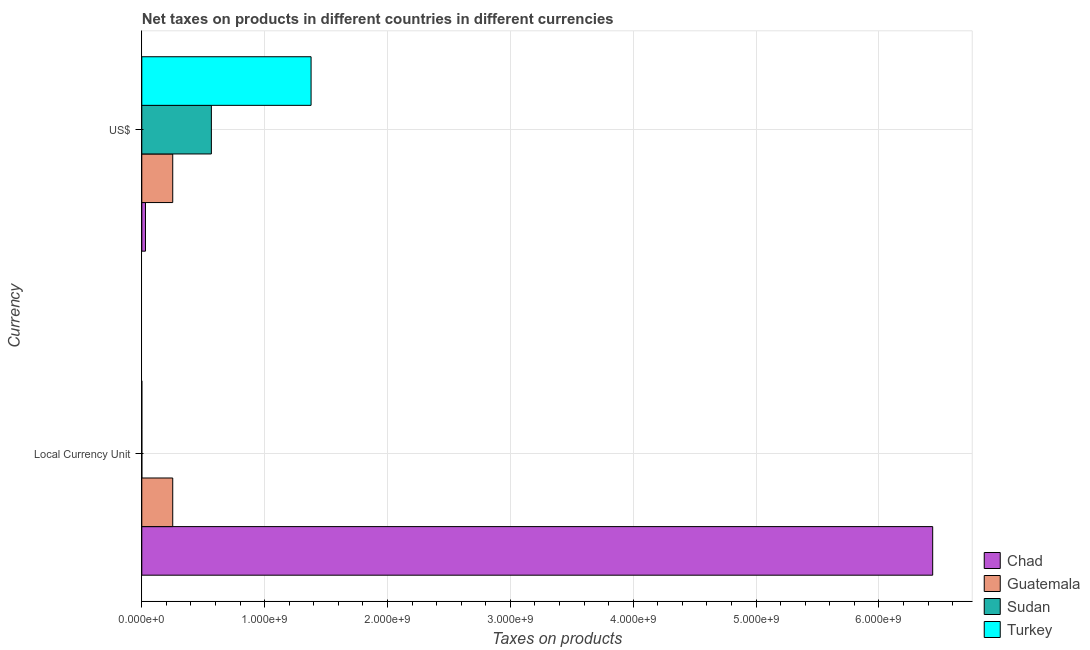
| Currency | Chad | Guatemala | Sudan | Turkey |
 | --- | --- | --- | --- | --- |
 | Local Currency Unit | 6.44e+09 | 2.52e+08 | 1.97e+05 | 1.99e+04 |
 | US$ | 3e+07 | 2.52e+08 | 5.66e+08 | 1.38e+09 |